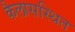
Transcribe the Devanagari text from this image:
कैलासस्थित